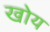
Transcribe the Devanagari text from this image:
खोय